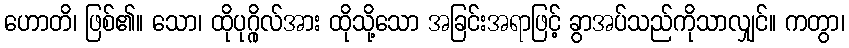
ဟောတိ၊ ဖြစ်၏။ သော၊ ထိုပုဂ္ဂိုလ်အား ထိုသို့သော အခြင်းအရာဖြင့် ခွာအပ်သည်ကိုသာလျှင်။ ကတွာ၊